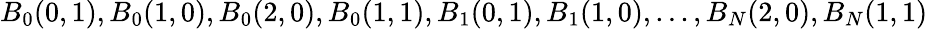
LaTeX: B_{0}(0,1),B_{0}(1,0),B_{0}(2,0),B_{0}(1,1),B_{1}(0,1),B_{1}(1,0),...,B_{N}(2,0),B_{N}(1,1)